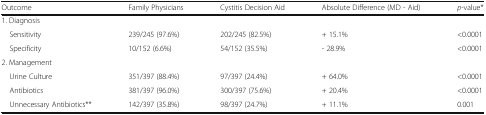
<table><thead><tr><td><b>Outcome</b></td><td><b>Family Physicians</b></td><td><b>Cystitis Decision Aid</b></td><td><b>Absolute Difference (MD - Aid)</b></td><td><b><i>p</i>-value*</b></td></tr></thead><tbody><tr><td colspan="5">1. Diagnosis</td></tr><tr><td> Sensitivity</td><td>239/245 (97.6%)</td><td>202/245 (82.5%)</td><td>+ 15.1%</td><td>&lt;0.0001</td></tr><tr><td> Specificity</td><td>10/152 (6.6%)</td><td>54/152 (35.5%)</td><td>- 28.9%</td><td>&lt;0.0001</td></tr><tr><td colspan="5">2. Management</td></tr><tr><td> Urine Culture</td><td>351/397 (88.4%)</td><td>97/397 (24.4%)</td><td>+ 64.0%</td><td>&lt;0.0001</td></tr><tr><td> Antibiotics</td><td>381/397 (96.0%)</td><td>300/397 (75.6%)</td><td>+ 20.4%</td><td>&lt;0.0001</td></tr><tr><td> Unnecessary Antibiotics**</td><td>142/397 (35.8%)</td><td>98/397 (24.7%)</td><td>+ 11.1%</td><td>0.001</td></tr></tbody></table>